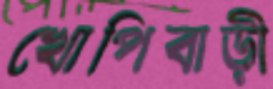
খোপিবাড়ী